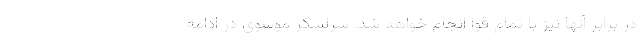
در برابر آنها نیز با تمام قوا انجام خواهد شد. سرلشکر موسوی در ادامه